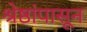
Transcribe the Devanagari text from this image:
श्रेष्ठांपासून